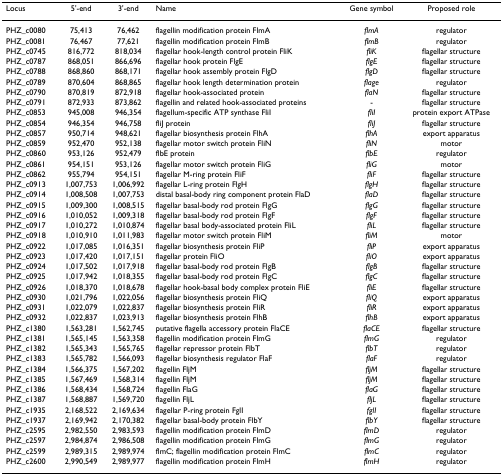
<table><thead><tr><td><b>Locus</b></td><td><b>5&#x27;-end</b></td><td><b>3&#x27;-end</b></td><td><b>Name</b></td><td><b>Gene symbol</b></td><td><b>Proposed role</b></td></tr></thead><tbody><tr><td>PHZ_c0080</td><td>75,413</td><td>76,462</td><td>flagellin modification protein FlmA</td><td><i>flmA</i></td><td>regulator</td></tr><tr><td>PHZ_c0081</td><td>76,467</td><td>77,621</td><td>flagellin modification protein FlmB</td><td><i>flmB</i></td><td>regulator</td></tr><tr><td>PHZ_c0745</td><td>816,772</td><td>818,034</td><td>flagellar hook-length control protein FliK</td><td><i>fliK</i></td><td>flagellar structure</td></tr><tr><td>PHZ_c0787</td><td>868,051</td><td>866,696</td><td>flagellar hook protein FlgE</td><td><i>flgE</i></td><td>flagellar structure</td></tr><tr><td>PHZ_c0788</td><td>868,860</td><td>868,171</td><td>flagellar hook assembly protein FlgD</td><td><i>flgD</i></td><td>flagellar structure</td></tr><tr><td>PHZ_c0789</td><td>870,604</td><td>868,865</td><td>flagellar hook length determination protein</td><td><i>flage</i></td><td>regulator</td></tr><tr><td>PHZ_c0790</td><td>870,819</td><td>872,918</td><td>flagellar hook-associated protein</td><td><i>flaN</i></td><td>flagellar structure</td></tr><tr><td>PHZ_c0791</td><td>872,933</td><td>873,862</td><td>flagellin and related hook-associated proteins</td><td>-</td><td>flagellar structure</td></tr><tr><td>PHZ_c0853</td><td>945,008</td><td>946,354</td><td>flagellum-specific ATP synthase FliI</td><td><i>fliI</i></td><td>protein export ATPase</td></tr><tr><td>PHZ_c0854</td><td>946,354</td><td>946,758</td><td>fliJ protein</td><td><i>fliJ</i></td><td>flagellar structure</td></tr><tr><td>PHZ_c0857</td><td>950,714</td><td>948,621</td><td>flagellar biosynthesis protein FlhA</td><td><i>flhA</i></td><td>export apparatus</td></tr><tr><td>PHZ_c0859</td><td>952,470</td><td>952,138</td><td>flagellar motor switch protein FliN</td><td><i>fliN</i></td><td>motor</td></tr><tr><td>PHZ_c0860</td><td>953,126</td><td>952,479</td><td>flbE protein</td><td><i>flbE</i></td><td>regulator</td></tr><tr><td>PHZ_c0861</td><td>954,151</td><td>953,126</td><td>flagellar motor switch protein FliG</td><td><i>fliG</i></td><td>motor</td></tr><tr><td>PHZ_c0862</td><td>955,794</td><td>954,151</td><td>flagellar M-ring protein FliF</td><td><i>fliF</i></td><td>flagellar structure</td></tr><tr><td>PHZ_c0913</td><td>1,007,753</td><td>1,006,992</td><td>flagellar L-ring protein FlgH</td><td><i>flgH</i></td><td>flagellar structure</td></tr><tr><td>PHZ_c0914</td><td>1,008,508</td><td>1,007,753</td><td>distal basal-body ring component protein FlaD</td><td><i>flaD</i></td><td>flagellar structure</td></tr><tr><td>PHZ_c0915</td><td>1,009,300</td><td>1,008,515</td><td>flagellar basal-body rod protein FlgG</td><td><i>flgG</i></td><td>flagellar structure</td></tr><tr><td>PHZ_c0916</td><td>1,010,052</td><td>1,009,318</td><td>flagellar basal-body rod protein FlgF</td><td><i>flgF</i></td><td>flagellar structure</td></tr><tr><td>PHZ_c0917</td><td>1,010,272</td><td>1,010,874</td><td>flagellar basal body-associated protein FliL</td><td><i>fliL</i></td><td>flagellar structure</td></tr><tr><td>PHZ_c0918</td><td>1,010,910</td><td>1,011,983</td><td>flagellar motor switch protein FliM</td><td><i>fliM</i></td><td>motor</td></tr><tr><td>PHZ_c0922</td><td>1,017,085</td><td>1,016,351</td><td>flagellar biosynthesis protein FliP</td><td><i>fliP</i></td><td>export apparatus</td></tr><tr><td>PHZ_c0923</td><td>1,017,420</td><td>1,017,151</td><td>flagellar protein FliO</td><td><i>fliO</i></td><td>export apparatus</td></tr><tr><td>PHZ_c0924</td><td>1,017,502</td><td>1,017,918</td><td>flagellar basal-body rod protein FlgB</td><td><i>flgB</i></td><td>flagellar structure</td></tr><tr><td>PHZ_c0925</td><td>1,017,942</td><td>1,018,355</td><td>flagellar basal-body rod protein FlgC</td><td><i>flgC</i></td><td>flagellar structure</td></tr><tr><td>PHZ_c0926</td><td>1,018,370</td><td>1,018,678</td><td>flagellar hook-basal body complex protein FliE</td><td><i>fliE</i></td><td>flagellar structure</td></tr><tr><td>PHZ_c0930</td><td>1,021,796</td><td>1,022,056</td><td>flagellar biosynthesis protein FliQ</td><td><i>fliQ</i></td><td>export apparatus</td></tr><tr><td>PHZ_c0931</td><td>1,022,079</td><td>1,022,837</td><td>flagellar biosynthesis protein FliR</td><td><i>fliR</i></td><td>export apparatus</td></tr><tr><td>PHZ_c0932</td><td>1,022,837</td><td>1,023,913</td><td>flagellar biosynthesis protein FlhB</td><td><i>flhB</i></td><td>export apparatus</td></tr><tr><td>PHZ_c1380</td><td>1,563,281</td><td>1,562,745</td><td>putative flagella accessory protein FlaCE</td><td><i>flaCE</i></td><td>flagellar structure</td></tr><tr><td>PHZ_c1381</td><td>1,565,145</td><td>1,563,358</td><td>flagellin modification protein FlmG</td><td><i>flmG</i></td><td>regulator</td></tr><tr><td>PHZ_c1382</td><td>1,565,343</td><td>1,565,765</td><td>flagellar repressor protein FlbT</td><td><i>flbT</i></td><td>regulator</td></tr><tr><td>PHZ_c1383</td><td>1,565,782</td><td>1,566,093</td><td>flagellar biosynthesis regulator FlaF</td><td><i>flaF</i></td><td>regulator</td></tr><tr><td>PHZ_c1384</td><td>1,566,375</td><td>1,567,202</td><td>flagellin FljM</td><td><i>fljM</i></td><td>flagellar structure</td></tr><tr><td>PHZ_c1385</td><td>1,567,469</td><td>1,568,314</td><td>flagellin FljM</td><td><i>fljM</i></td><td>flagellar structure</td></tr><tr><td>PHZ_c1386</td><td>1,568,434</td><td>1,568,724</td><td>flagellin FlaG</td><td><i>flaG</i></td><td>flagellar structure</td></tr><tr><td>PHZ_c1387</td><td>1,568,887</td><td>1,569,720</td><td>flagellin FljL</td><td><i>fljL</i></td><td>flagellar structure</td></tr><tr><td>PHZ_c1935</td><td>2,168,522</td><td>2,169,634</td><td>flagellar P-ring protein FglI</td><td><i>fglI</i></td><td>flagellar structure</td></tr><tr><td>PHZ_c1937</td><td>2,169,942</td><td>2,170,382</td><td>flagellar basal-body protein FlbY</td><td><i>flbY</i></td><td>flagellar structure</td></tr><tr><td>PHZ_c2595</td><td>2,982,550</td><td>2,983,593</td><td>flagellin modification protein FlmD</td><td><i>flmD</i></td><td>regulator</td></tr><tr><td>PHZ_c2597</td><td>2,984,874</td><td>2,986,508</td><td>flagellin modification protein FlmG</td><td><i>flmG</i></td><td>regulator</td></tr><tr><td>PHZ_c2599</td><td>2,989,315</td><td>2,989,974</td><td>flmC; flagellin modification protein FlmC</td><td><i>flmC</i></td><td>regulator</td></tr><tr><td>PHZ_c2600</td><td>2,990,549</td><td>2,989,977</td><td>flagellin modification protein FlmH</td><td><i>flmH</i></td><td>regulator</td></tr></tbody></table>